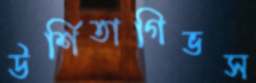
উর্শিতাগিভস